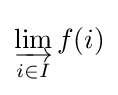
\varinjlim _{i\in I}f(i)